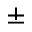
\pm